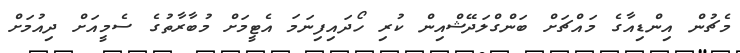
މެޗުން އިންޑިއާގެ މައްޗަށް ބަންގްލަދޭޝްއިން ކުރި ހޯދައިފިނަމަ އެޓީމަށް މުބާރާތުގެ ސެމީއަށް ދިއުމަށް